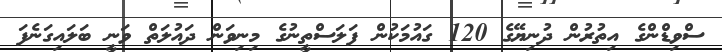
ސްވިޑްންގެ އިތުރުން ދުނިޔޭގެ 120 ގައުމަކުން ފަލަސްތީނުގެ މިނިވަން ދައުލަތް ވަނީ ބަލައިގަނެފަ